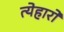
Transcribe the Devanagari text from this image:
त्येहारों